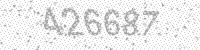
Solution: 426687